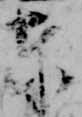
東